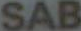
SAB